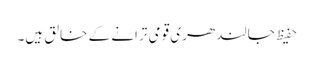
حفیظ جالندھری قومی ترانے کے خالق ہیں۔